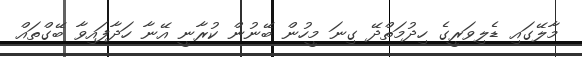
މާލޭގައި ޑެލިވަރީގެ ހިދުމަތްދޭ ގިނަ މީހުން ބޭނުން ކުރާނީ އޭނާ ހަދާފައިވާ ބޭގްތައް